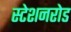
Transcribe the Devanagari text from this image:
स्टेशनरोड